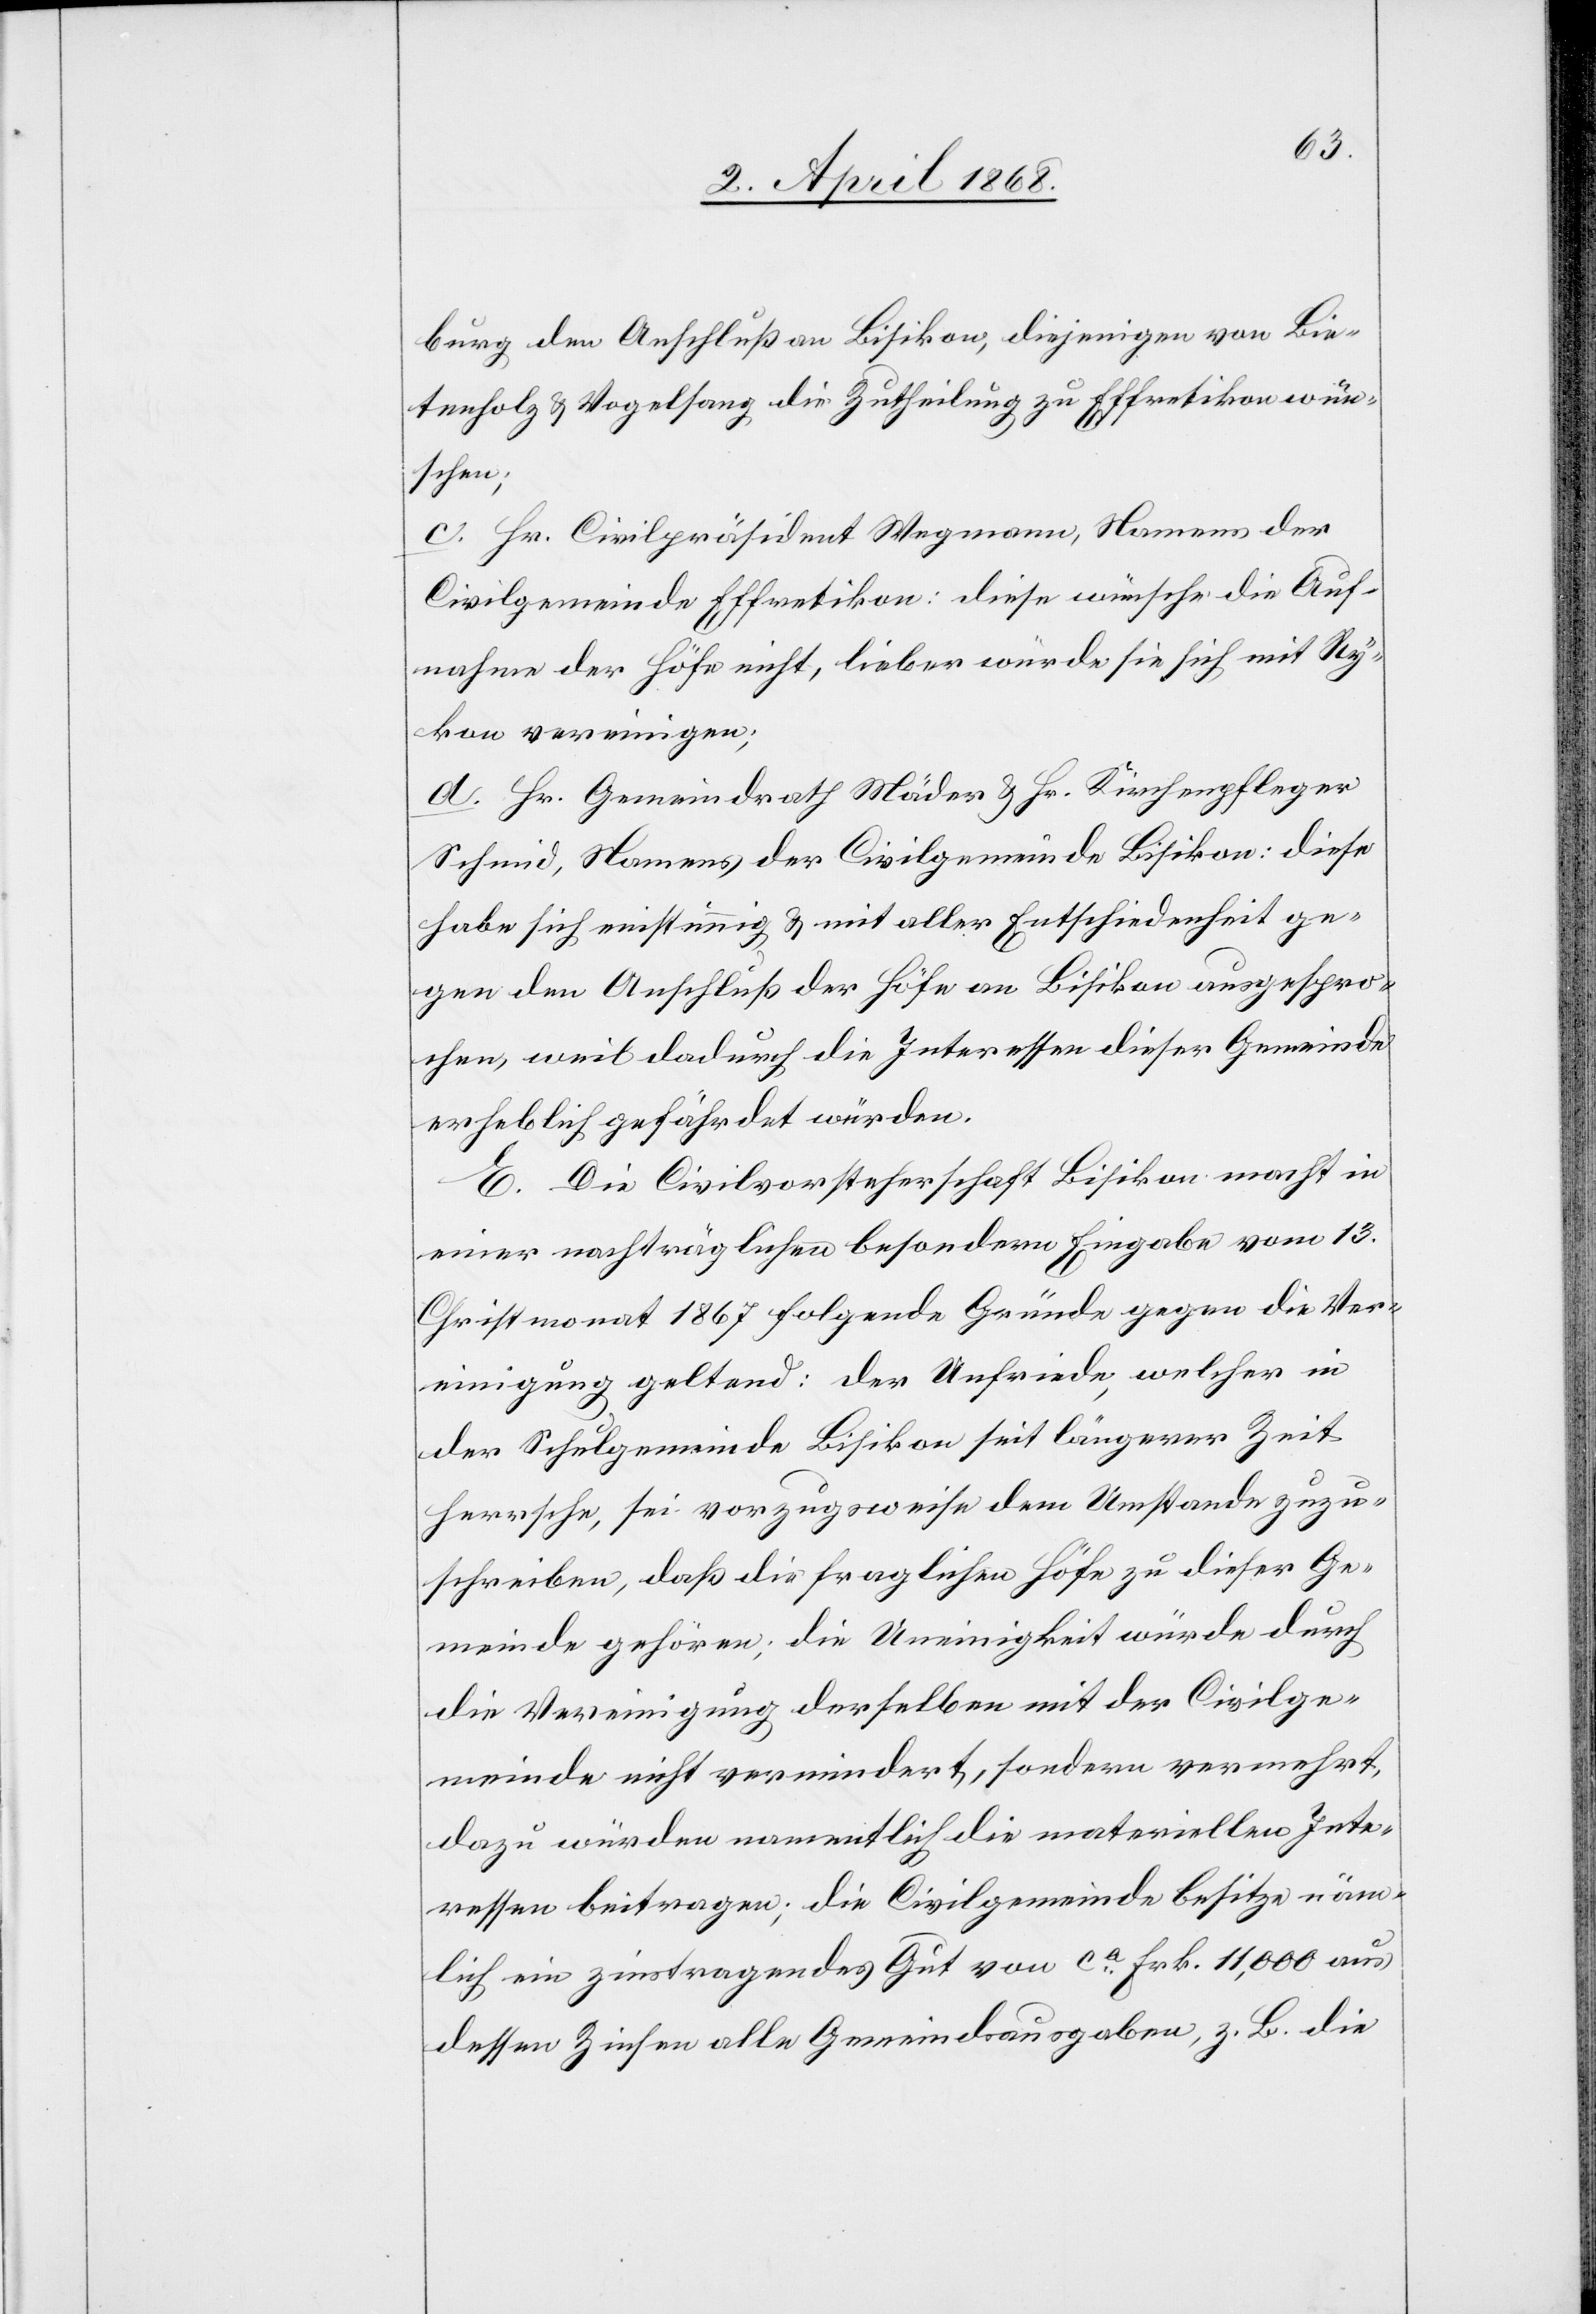
burg den Anschluß an Bisikon, diejenigen von Bie¬
tenholz & Vogelsang die Zutheilung zu Effretikon wün¬
schen;
c. Hr. Civilpräsident Wegmann, Namens der
Civilgemeinde Effretikon: diese wünsche die Auf¬
nahme der Höfe nicht, lieber würde sie sich mit Ry¬
kon vereinigen;
d. Hr. Gemeindrath Mäder & Hr. Kirchenpfleger
Schmid, Namens der Civilgemeinde Bisikon: diese
habe sich einstimmig & mit aller Entschiedenheit ge¬
gen den Anschluß der Höfe an Bisikon ausgespro¬
chen, weil dadurch die Interessen dieser Gemeinde
erheblich gefährdet würden.
E. Die Civilvorsteherschaft Bisikon macht in
einer nachträglichen besondern Eingabe vom 13.
Christmonat 1867 folgende Gründe gegen die Ver¬
einigung geltend: der Unfriede, welcher in
der Schulgemeinde Bisikon seit längerer Zeit
herrsche, sei vorzugsweise dem Umstande zuzu¬
schreiben, daß die fraglichen Höfe zu dieser Ge¬
meinde gehören; die Uneinigkeit würde durch
die Vereinigung derselben mit der Civilge¬
meinde nicht vermindert, sondern vermehrt,
dazu würden namentlich die materiellen Inte¬
ressen beitragen; die Civilgemeinde besitze näm¬
lich ein zinstragendes Gut von ca. Frk. 11,000 aus
dessen Zinsen alle Gemeindsausgaben, z. B. die